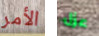
الأمر عزل